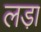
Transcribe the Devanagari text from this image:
लडा़